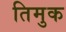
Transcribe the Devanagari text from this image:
तिमुक